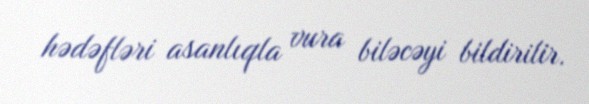
hədəfləri asanlıqla vura biləcəyi bildirilir.